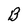
Character: B